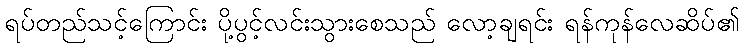
ရပ်တည်သင့်ကြောင်း ပို့ပွင့်လင်းသွားစေသည် လော့ချရင်း ရန်ကုန်လေဆိပ်၏